Report on horse surra - Volume I
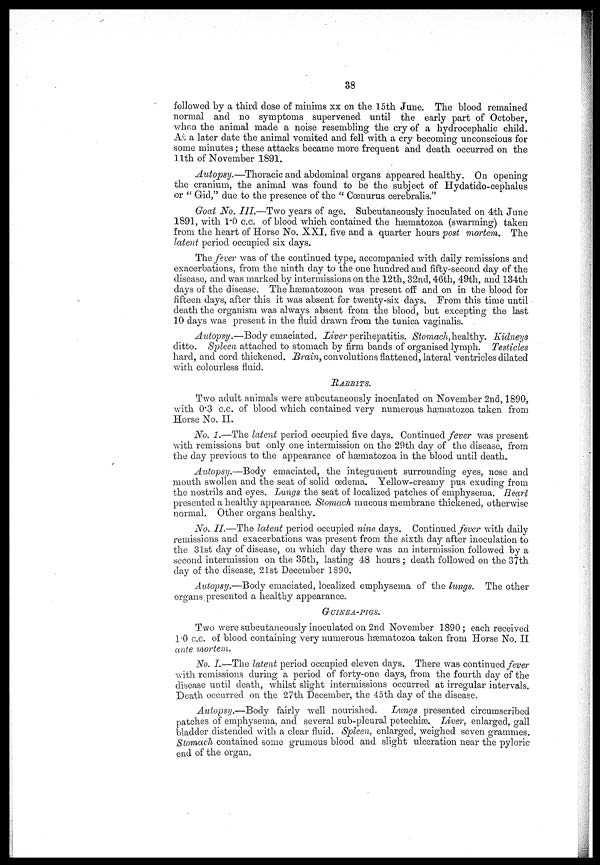
38
followed by a third dose of minims xx on the 15th June. The blood remained
normal and no symptoms supervened until the early part of October,
when the animal made a noise resembling the cry of a hydrocephalic child.
At a later date the animal vomited and fell with a cry becoming unconscious for
some minutes ; these attacks became more frequent and death occurred on the
11th of November 1891.
Autopsy.—Thoracic and abdominal organs appeared healthy. On opening
the cranium, the animal was found to be the subject of Hydatido-cephalus
or " Gid," due to the presence of the " Cœnurus cerebralis."
Goat No. III.—Two years of age. Subcutaneously inoculated on 4th June
1891, with 1.0 c.c. of blood which contained the hæmatozoa (swarming) taken
from the heart of Horse No. XXI. five and a quarter hours post mortem. The
latent period occupied six days.
The fever was of the continued type, accompanied with daily remissions and
exacerbations, from the ninth clay to the one hundred and fifty-second day of the
disease, and was marked by intermissions on the 12th, 32nd, 46th, 49th, and 134th
days of the disease. The hæmatozoon was present off and on in the blood for
fifteen days, after this it was absent for twenty-six days. From this time until
death the organism was always absent from the blood, but excepting the last
10 days was present in the fluid drawn from the tunica vaginalis.
Autopsy.—Body emaciated. Liver perihepatitis. Stomach, healthy. Kidneys
ditto. Spleen attached to stomach by firm bands of organised lymph. Testicles
hard, and cord thickened. Brain, convolutions flattened, lateral ventricles dilated
with colourless fluid.
RABBITS.
Two adult animals were subcutaneously inoculated on November 2nd, 1890,
with 0.3 c.c. of blood which contained very numerous hæmatozoa taken from
Horse No. II.
No. 1.—The latent period occupied five days. Continued fever was present
with remissions but only one intermission on the 29th day of the disease, from
the clay previous to the appearance of hæmatozoa in the blood until death.
Autopsy.—Body emaciated, the integument surrounding eyes, nose and
mouth swollen and the seat of solid oedema. Yellow-creamy pus exuding from
the nostrils and eyes. Lungs the seat of localized patches of emphysema. Heart
presented a healthy appearance. Stomach mucous membrane thickened, otherwise
normal. Other organs healthy.
No. II.—The latent period occupied nine days. Continued fever with daily
remissions and exacerbations was present from the sixth day after inoculation to
the 31st clay of disease, on which day there was an intermission followed by a
second intermission on the 35tb, lasting 48 hours ; death followed on the 37th
day of the disease, 21st December 1890.
Autopsy.—Body emaciated, localized emphysema of the lungs. The other
organs presented a healthy appearance.
GUINEA-PIGS.
Two were subcutaneously inoculated on 2nd November 1890 ; each received
1.0 c.c. of blood containing very numerous hæmatozoa taken from Horse No. II
ante mortem.
No. I.—The latent period occupied eleven days. There was continued fever
with remissions during a period of forty-one days, from the fourth day of the
disease until death, whilst slight intermissions occurred at irregular intervals.
Death occurred on the 27th December, the 45th day of the disease.
Autopsy.—Body fairly well nourished. Lungs presented circumscribed
patches of emphysema, and several sub-pleural petechias. Liver, enlarged, gall
bladder distended with a clear fluid. Spleen, enlarged, weighed seven grammes.
Stomach contained some grumous blood and slight ulceration near the pyloric
end of the organ.